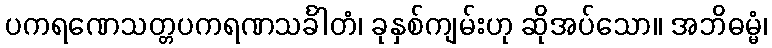
ပကရဏေသတ္တပကရဏသင်္ခါတံ၊ ခုနှစ်ကျမ်းဟု ဆိုအပ်သော။ အဘိဓမ္မံ၊